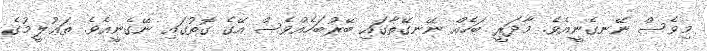
މިވެސް ނޭނގެނީއެވެ. މާދަރީ ބަހެއް ނޭނގޭތާގައި ބޭރުބަހެއްވެސް އޭގެ ގޮތުގައި ނޭގެނީއެވެ. ތަޢުލީމުގެ